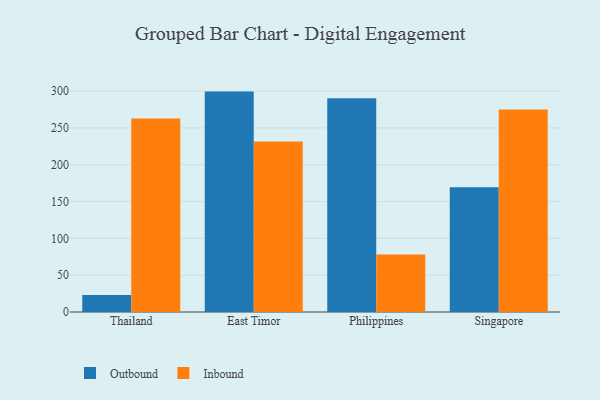
{"axis": {"x": "Country", "y": "Budget (USD K)"}, "legend": ["Inbound", "Outbound"], "data": [{"x": "Thailand", "y": 23.2, "type": "Outbound"}, {"x": "Thailand", "y": 262.8, "type": "Inbound"}, {"x": "East Timor", "y": 299.3, "type": "Outbound"}, {"x": "East Timor", "y": 231.4, "type": "Inbound"}, {"x": "Philippines", "y": 290.3, "type": "Outbound"}, {"x": "Philippines", "y": 78.0, "type": "Inbound"}, {"x": "Singapore", "y": 169.4, "type": "Outbound"}, {"x": "Singapore", "y": 275.1, "type": "Inbound"}]}